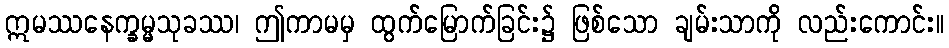
ဣမဿနေက္ခမ္မသုခဿ၊ ဤကာမမှ ထွက်မြောက်ခြင်း၌ ဖြစ်သော ချမ်းသာကို လည်းကောင်း။